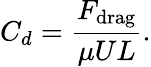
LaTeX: C_{d}=\frac{F_{\mathrm{drag}}}{\mu UL}.